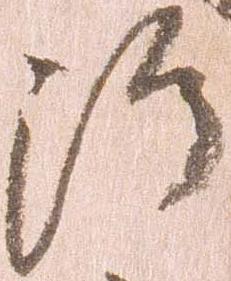
治